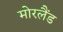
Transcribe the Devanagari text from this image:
मोरलैंड